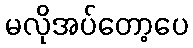
မလိုအပ်တော့ပေ